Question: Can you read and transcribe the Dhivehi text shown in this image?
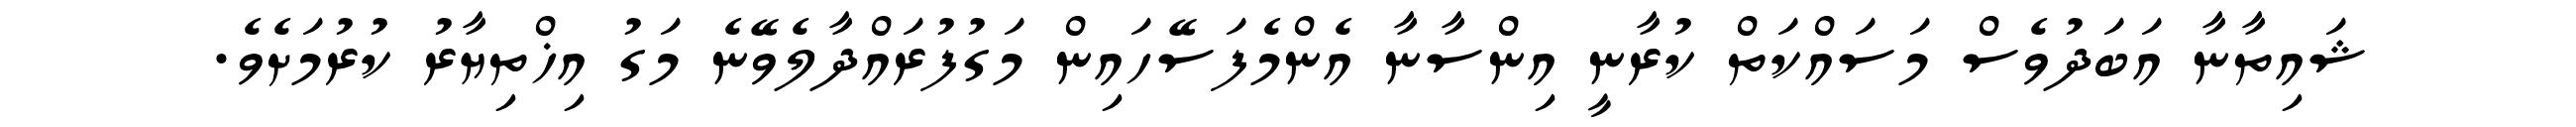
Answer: ޝައިތާނާ އަބަދުވެސް މަސައްކަތް ކުރާނީ އިންސާނާ އެންމެފަސޭހައިން މަގުފުރައްދާލެވޭނެ މަގު އިޚްތިޔާރު ކުރުމަށެވެ.